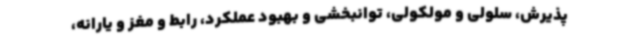
پذیرش، سلولی و مولکولی، توانبخشی و بهبود عملکرد، رابط و مغز و یارانه،